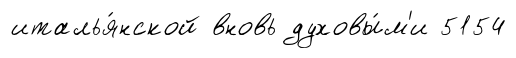
италья́нской вновь духовы́м'и 5154